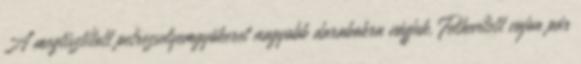
A megtisztított petrezselyemgyökeret nagyobb darabokra vágjuk. Felhevített vajon pár